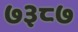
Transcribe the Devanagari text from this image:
७३८७